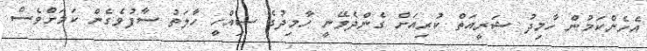
އެހެންކަމުން ހާމިދު ޝަރީއަތް ކުރިއަށް ގެންދެވޭނީ ހާމިދުގެ ސިއްހީ ހާލަތު ސާފުވެގެން ކަމަށްވެސް